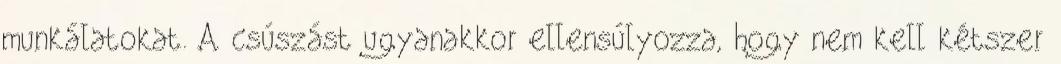
munkálatokat. A csúszást ugyanakkor ellensúlyozza, hogy nem kell kétszer